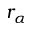
r _ { \alpha }